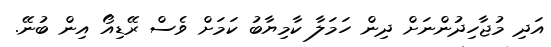
އަދި މުޖާހިދުންނަށް ދިން ހަމަލާ ކާމިޔާބު ކަމަށް ވެސް ރޭޑިއޯ އިން ބުނޭ.